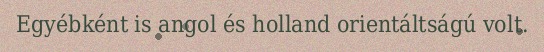
Egyébként is angol és holland orientáltságú volt.